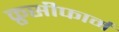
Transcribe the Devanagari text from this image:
क्रुसीफार्म